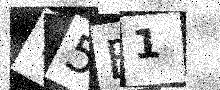
Text: T5E1